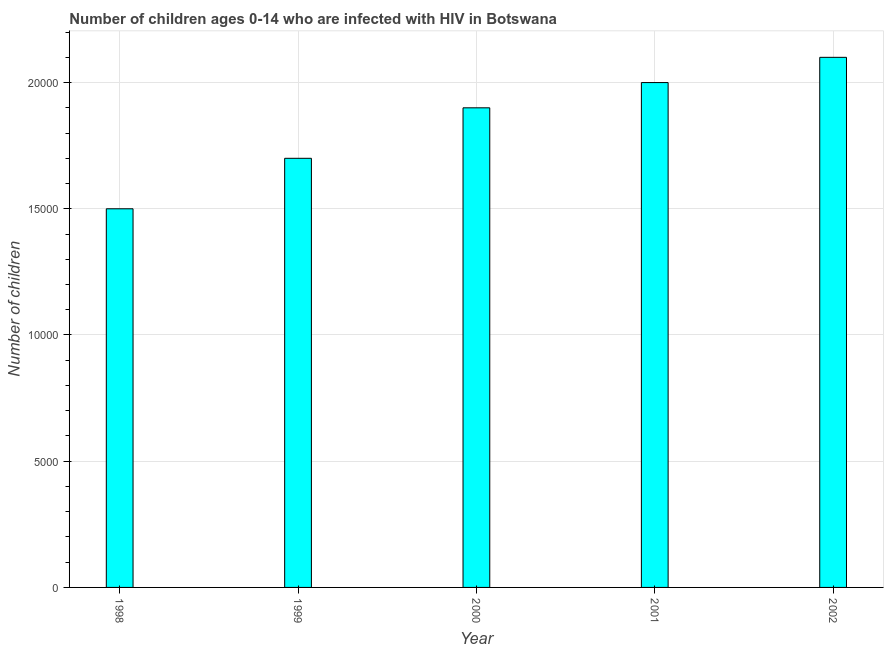
| Year | Children (0-14) living with HIV |
 | --- | --- |
 | 1998 | 1.5e+04 |
 | 1999 | 1.7e+04 |
 | 2000 | 1.9e+04 |
 | 2001 | 2e+04 |
 | 2002 | 2.1e+04 |